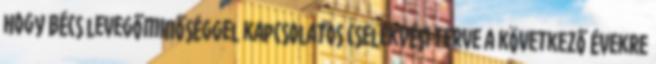
hogy Bécs levegőminőséggel kapcsolatos cselekvési terve a következő évekre